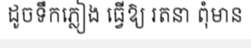
ដូចទឹកភ្លៀង ធ្វើឱ្យ រតនា ពុំមាន